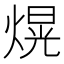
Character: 熀